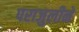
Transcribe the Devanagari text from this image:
पराजुलीने